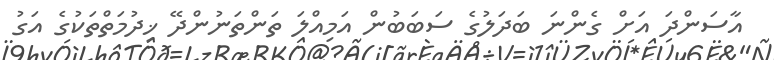
އާސަންދަ އަށް ގެންނަ ބަދަލުގެ ސަބަބުން އަމިއްލަ ތަންތަނުންދޭ ޚިދުމަތްތަކުގެ އަގު